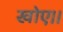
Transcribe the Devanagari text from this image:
खोए।।